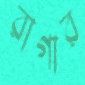
রাগার